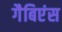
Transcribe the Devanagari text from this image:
गैबिएंस